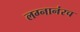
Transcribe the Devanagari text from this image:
लग्नानंरच